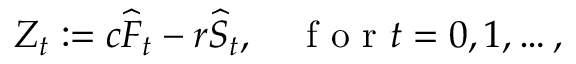
Z _ { t } : = c \widehat { F } _ { t } - r \widehat { S } _ { t } , \quad \mathrm { ~ f ~ o ~ r ~ } t = 0 , 1 , \ldots ,